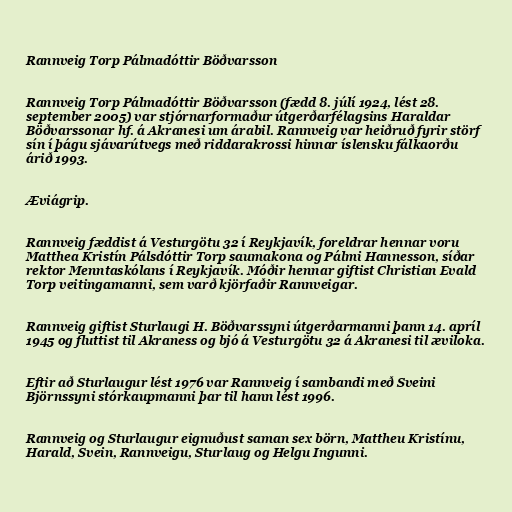
Rannveig Torp Pálmadóttir Böðvarsson

Rannveig Torp Pálmadóttir Böðvarsson (fædd 8. júlí 1924, lést 28.
september 2005) var stjórnarformaður útgerðarfélagsins Haraldar
Böðvarssonar hf. á Akranesi um árabil. Rannveig var heiðruð fyrir störf
sín í þágu sjávarútvegs með riddarakrossi hinnar íslensku fálkaorðu
árið 1993.

Æviágrip.

Rannveig fæddist á Vesturgötu 32 í Reykjavík, foreldrar hennar voru
Matthea Kristín Pálsdóttir Torp saumakona og Pálmi Hannesson, síðar
rektor Menntaskólans í Reykjavík. Móðir hennar giftist Christian Evald
Torp veitingamanni, sem varð kjörfaðir Rannveigar.

Rannveig giftist Sturlaugi H. Böðvarssyni útgerðarmanni þann 14. apríl
1945 og fluttist til Akraness og bjó á Vesturgötu 32 á Akranesi til æviloka.

Eftir að Sturlaugur lést 1976 var Rannveig í sambandi með Sveini
Björnssyni stórkaupmanni þar til hann lést 1996.

Rannveig og Sturlaugur eignuðust saman sex börn, Mattheu Kristínu,
Harald, Svein, Rannveigu, Sturlaug og Helgu Ingunni.